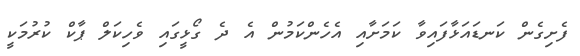
ފެށިގެން ކަނޑައަޅާފައިވާ ކަމަށާއި އެހެންކަމުން އެ ދެ ގޯޅީގައި ވެހިކަލް ޕާކް ކުރުމަކީ